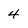
Character: 4